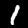
Digit: 1